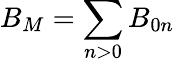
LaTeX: B_{M}=\sum_{n>0}B_{0n}